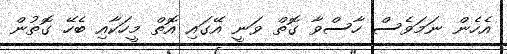
އެހެން ނަމަވެސް ހާސްވާ ގޮތް ވަނީ އޭގައި އޮތް މީހަކާއި ބެހޭ ގޮތުން